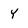
Character: Y